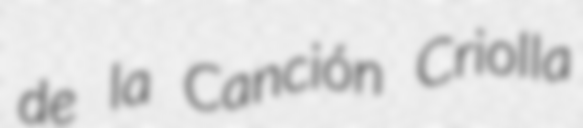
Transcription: de la Canción Criolla